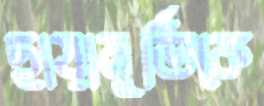
ছায়ামূর্তিকে